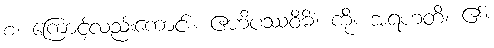
စ၊ ကြောင့်လည်းကောင်း။ ဧဟိပဿဝိဓိံ၊ ကို။ အရဟတိ၊ ၏။